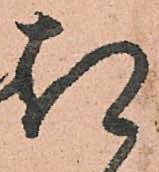
都